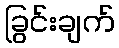
ခြွင်းချက်